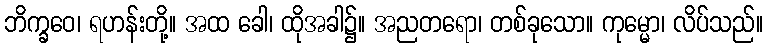
ဘိက္ခဝေ၊ ရဟန်းတို့။ အထ ခေါ၊ ထိုအခါ၌။ အညတရော၊ တစ်ခုသော။ ကုမ္မော၊ လိပ်သည်။